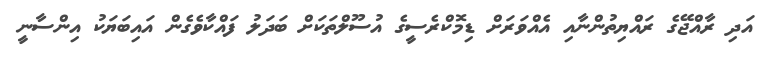
އަދި ރާއްޖޭގެ ރައްޔިތުންނާއި އެއްވަރަށް ޑިމޮކްރެސީގެ އުސޫލްތަކަށް ބަދަލު ފައްކާވެގެން އައިބަޔަކު އިންސާނީ